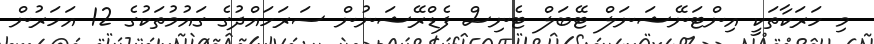
މި ހަރަކާތަކީ އިންޓަނޭޝަނަލް ޓޭބަލް ޓެނިސް ފެޑްރޭޝަނުން ސަރަހައްދުގެ ގައުމުތަކުގެ 12 އަހަރުން